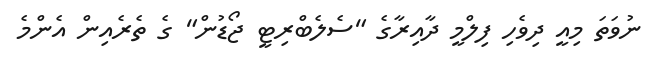
ނުވަތަ މިއީ ދިވެހި ފިލްމީ ދާއިރާގެ "ސެލެބްރިޓީ ޖޯޑުން" ގެ ތެރެއިން އެންމެ